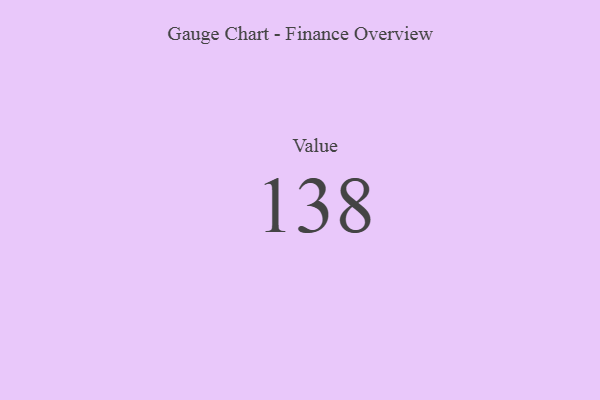
{"axis": {"x": "Metric", "y": "Value"}, "legend": [""], "data": [{"x": "Value", "y": 138, "type": ""}]}